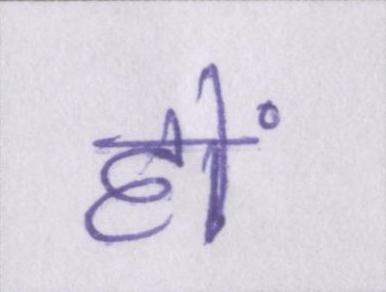
हों